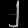
Digit: ၂